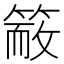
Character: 𥱙